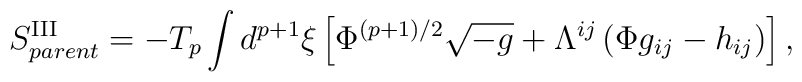
S^{{\rm III}}_{parent}=-T_{p}\int d^{p+1}{\xi}\left[{\Phi}^{(p+1)/2}\sqrt{-g}+{\Lambda}^{ij}\left({\Phi}g_{ij}-h_{ij}\right)\right],